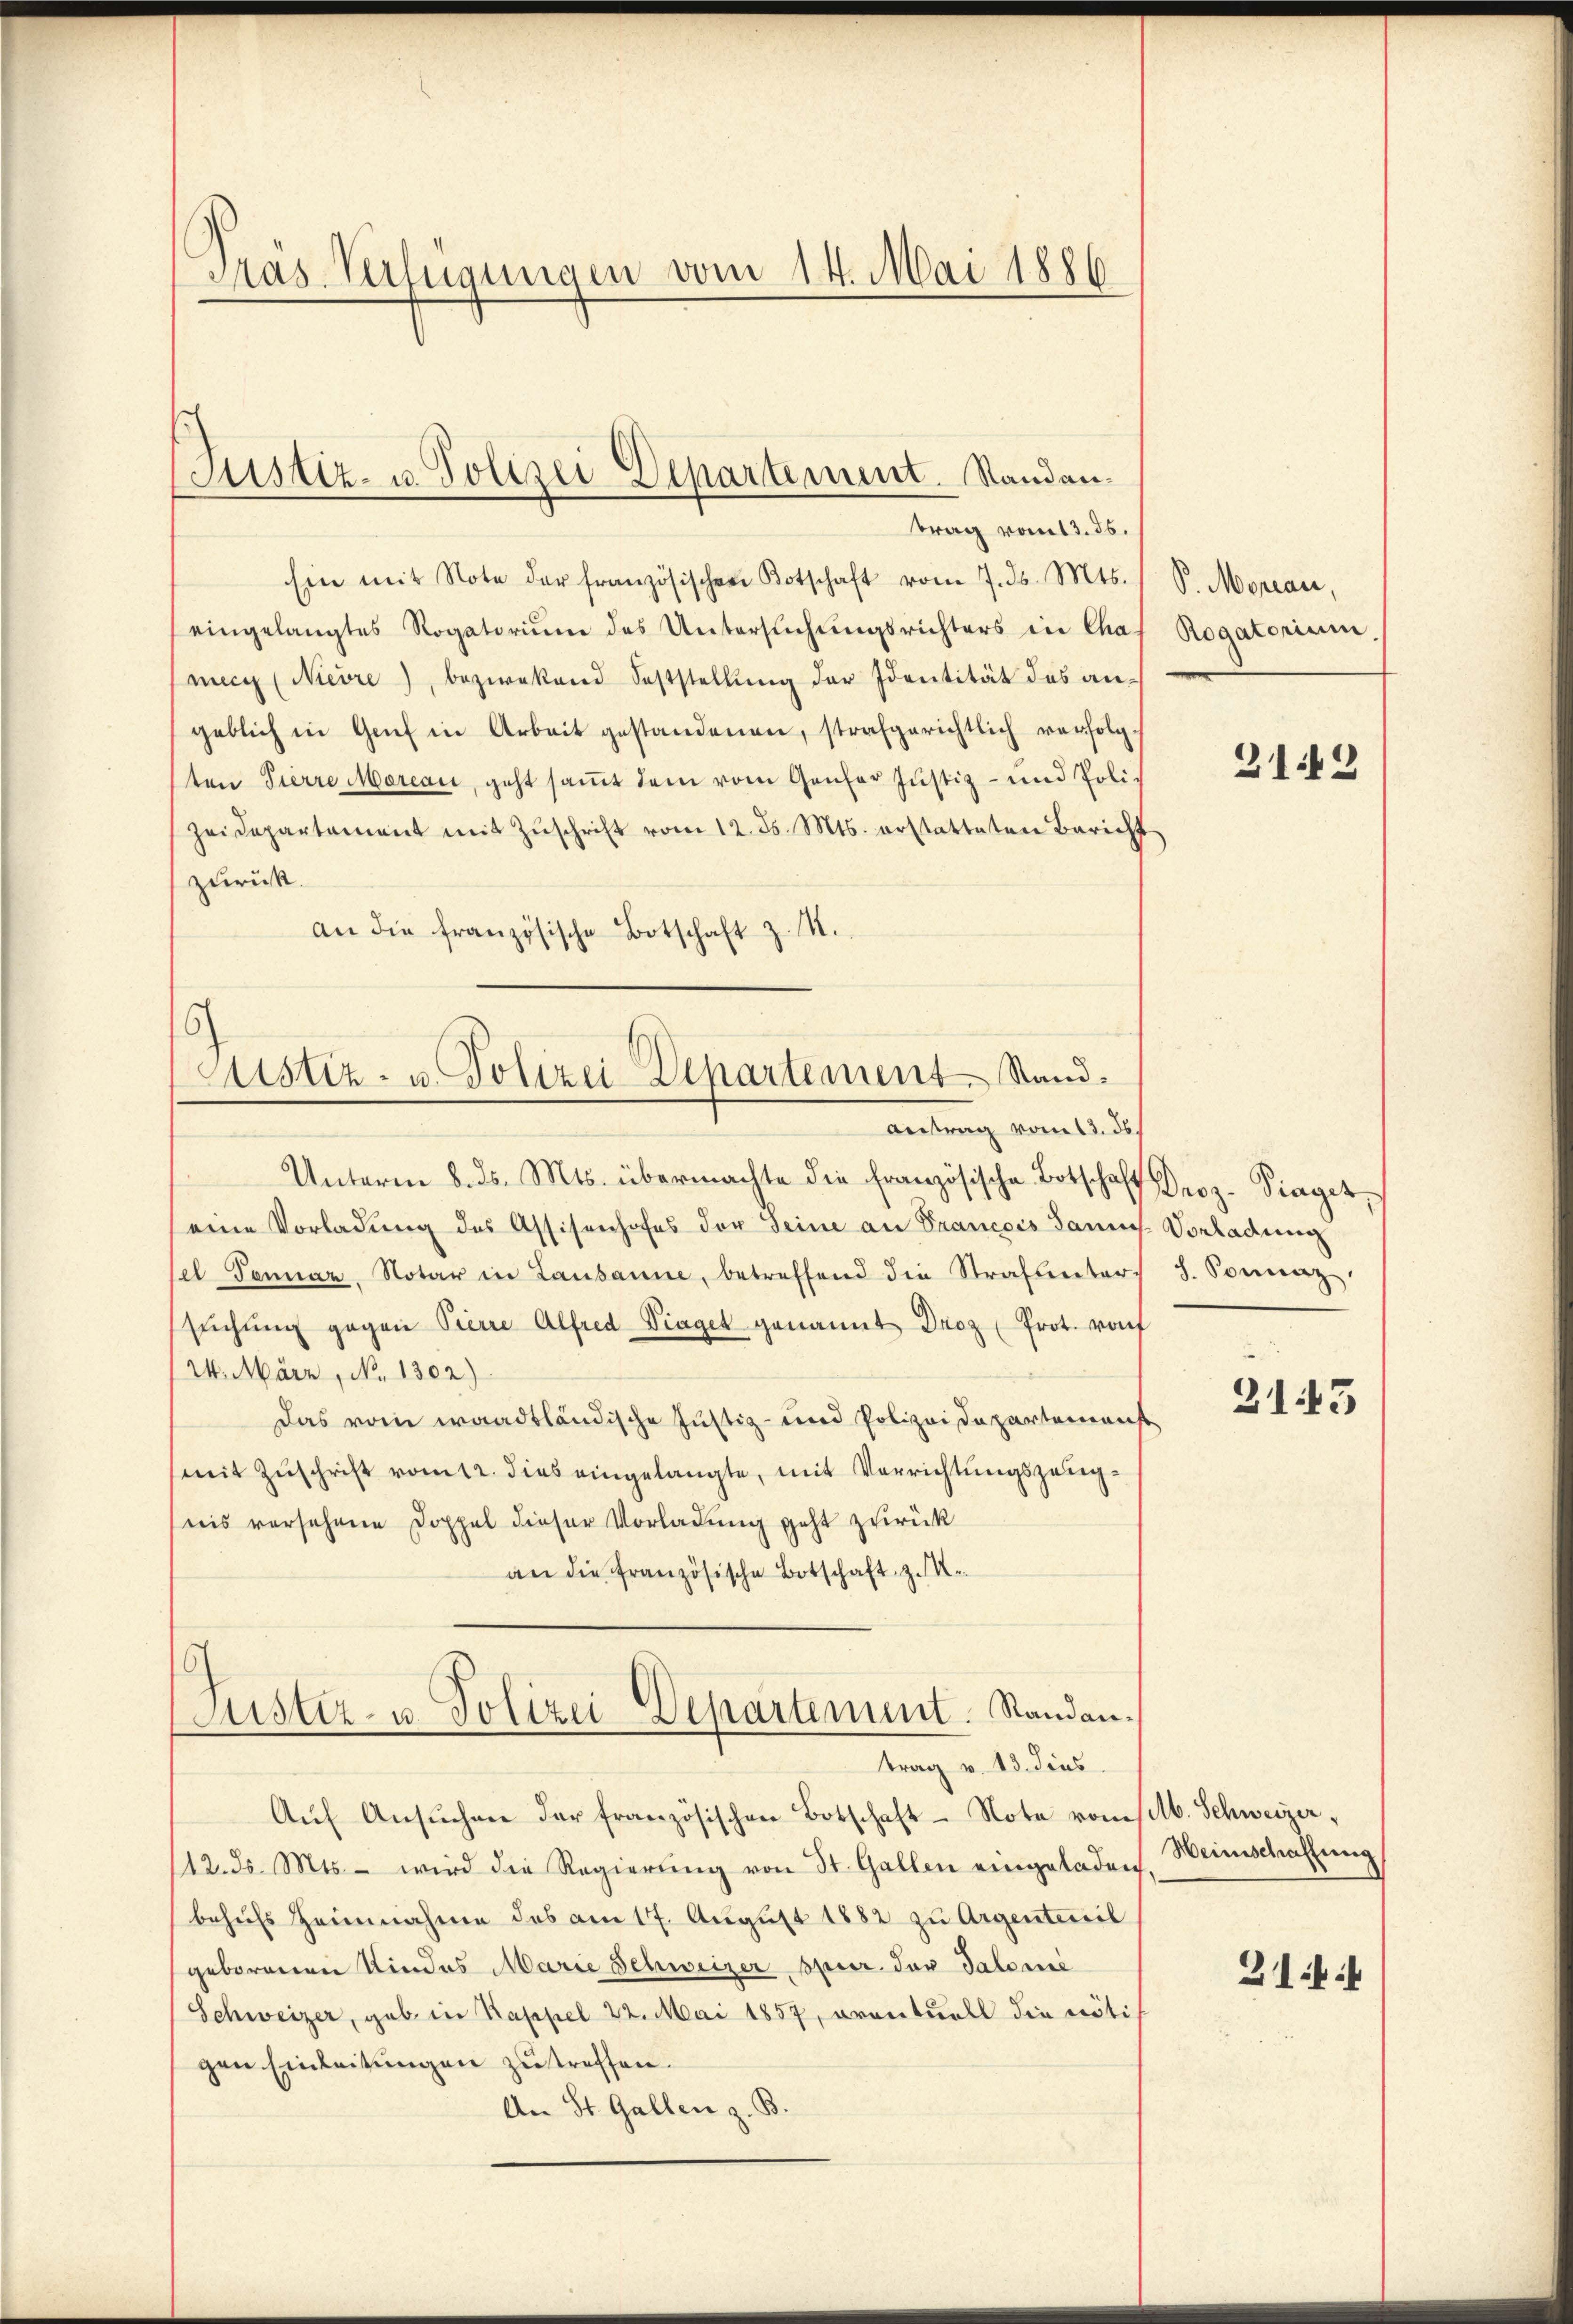
Pras. Verfügungen vom 14. Mai 1886

hin mit Note der französischen Kotschaft vom 7. ds. Mts. S. Morean,
eingelangtes Rogatoriŭm des Untersŭchŭngsrichters in Chaf Rogatorium,
mecg (Nieöre), bezwekend Feststellung der Identität des angeblich in Genf in Arbeit gestandenen, strafgerichtlich verfolgten Pierre Marcau, geht samt dem vom Genfer Justiz- und Polizeidepartement mit Zŭschrift vom 12. ds. Mts. erstatteten Bericht
zurück.
an die französische Botschaft z. S.

Justiz- u. Polizei Departement. Standantrag vom 13. ds.

Justiz- u. Polizei Departement Stand.
Antrag vom 13. ds.

Unterm 8. ds. Mts. übermachte die Französische Botschaft Proz. Piaget,
eine Vorladŭng des Assisenhofes der Seine an Francois Banns. Vorladung
el Tennaz, Notar in Lausanne, betreffend die Strafuntersŭchŭng gegen Pierre Alfred Viaget genannt Droz (Prot. rauf
24. März, No. 1302)
Das vom waadtländische Justiz- und Polizeidepartemenst
mit Zuschrift vom 12. dies eingelangte, mit Verrichtungszeugnis versehene Doppel dieser Vorladung geht zurück
an die französische Botschaft z. K.

¬
Justiz- u. Polizei Departement. Randantrag v. 13. dies

Aŭf Ansŭchen der französischen Botschaft Note vom selb. Schweizer,
/12. ds. Mts. - wird die Regierŭng von St. Gallen eingeladen. Weinschaffŭng
behufs Heimnahme des am 17. August 1882 zu Argenteuil
geborenen Kindes Marie Schweizer Oper der Salome
(Schweizer, gab in Kappel 22. Mai 1857, eventuell die nötigen Einleitungen zu treffen.
An St. Gallen z. B.

212

d. Sonnaz.

2143

21:1